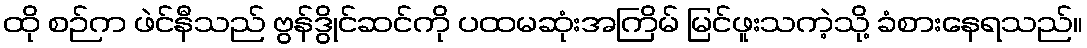
ထို စဉ်က ဖဲင်နီသည် ဗွန်ဒွိုင်ဆင်ကို ပထမဆုံးအကြိမ် မြင်ဖူးသကဲ့သို့ ခံစားနေရသည်။